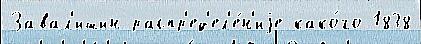
Завал'ишин распр'ед'ел'е́н'иjе како́го 1838